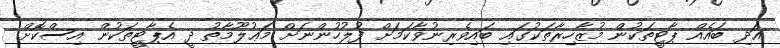
އަދި ބައެއް ޕާޓީތަކުން މުޒާހިރާތަކުގައި ބައިވެރިނުވާކަމަށް ފުލުހުންނަށް މަޢުލޫމާތު ދީ އެޕާޓީތަކުން އިސްކޮށް